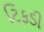
ટિકડી